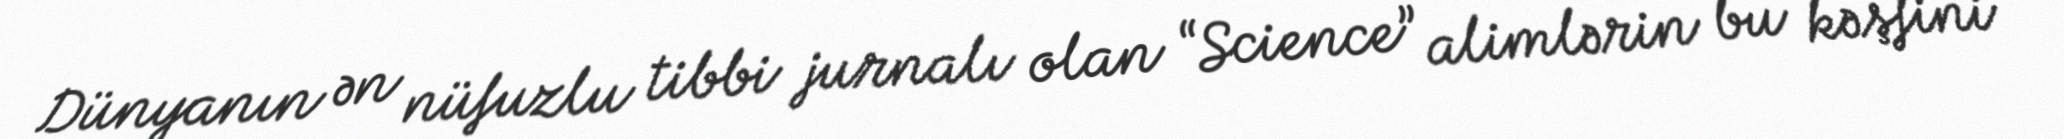
Dünyanın ən nüfuzlu tibbi jurnalı olan “Science” alimlərin bu kəşfini